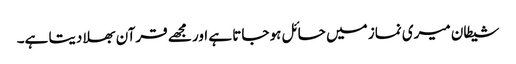
شیطان میری نماز میں حائل ہو جاتا ہے اور مجھے قرآن بھلا دیتا ہے۔